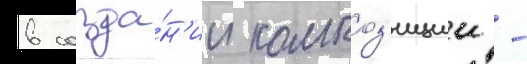
в созда́н'ии композ'иции -